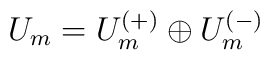
U_m = U_m^{(+)} \oplus U_m^{(-)}